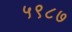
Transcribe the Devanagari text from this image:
५९८७